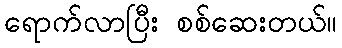
ရောက်လာပြီး စစ်ဆေးတယ်။